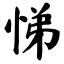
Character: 悌